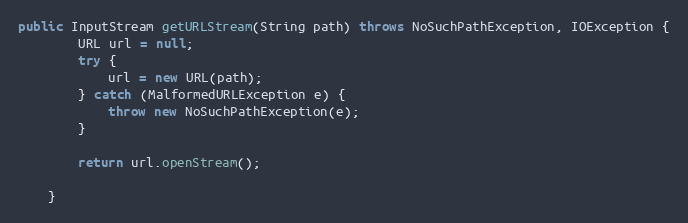
Language: Java
public InputStream getURLStream(String path) throws NoSuchPathException, IOException {
		URL url = null;
		try {
			url = new URL(path);
		} catch (MalformedURLException e) {
			throw new NoSuchPathException(e);
		}

		return url.openStream();

	}